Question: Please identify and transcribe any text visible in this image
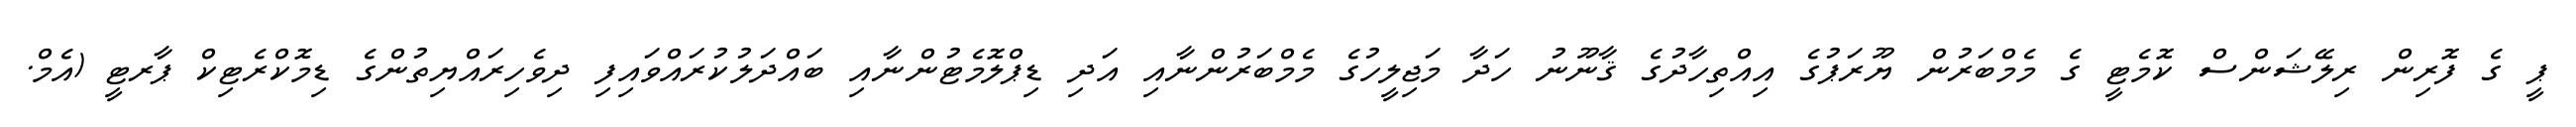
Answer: ޕީ ގެ ފޮރިން ރިލޭޝަންސް ކޮމެޓީ ގެ މެމްބަރުން ޔޫރަޕުގެ އިއްތިހާދުގެ ޤާނޫނު ހަދާ މަޖިލީހުގެ މެމްބަރުންނާއި އަދި ޑިޕްލޮމެޓުންނާއި ބައްދަލުކުރައްވައިފި ދިވެހިރައްޔިތުންގެ ޑިމޮކްރެޓިކް ޕާރޓީ (އެމް.